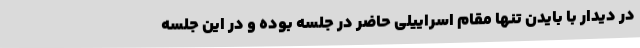
در دیدار با بایدن تنها مقام اسراییلی حاضر در جلسه بوده و در این جلسه